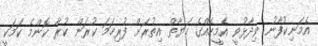
އެމަނިކުފާނު ވިދާޅުވީ އެމީހެއްގެ ހަޔާތް އިތުރަށް ފުރިހަމަ ކުރަން ކުރާ ކޮންމެ ކަމަކީ